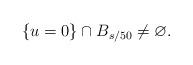
LaTeX: \begin{align*}\{u=0\}\cap B_{s/50}\ne\varnothing.\end{align*}